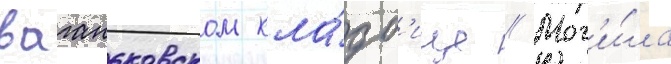
ваганьковском кла́дб'ище // Мог'и́ла